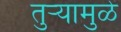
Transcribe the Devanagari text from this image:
तुर्‍यामुळे